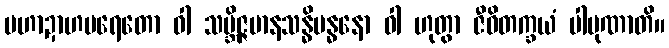
မဟာဍာဟပရေတော ဝါ သမ္ဘိဇ္ဇမာနသန္ဓိဗန္ဓနော ဝါ ဟုတွာ ဇီဝိတက္ခယံ ပါပုဏာတိ။